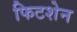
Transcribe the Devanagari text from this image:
फिटशेन